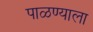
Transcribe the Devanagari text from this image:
पाळण्याला